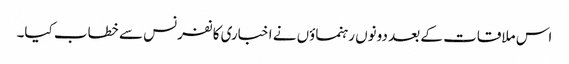
اس ملاقات کے بعد دونوں رہنماؤں نے اخباری کانفرنس سے خطاب کیا۔